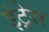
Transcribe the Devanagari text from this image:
इंट्रेस